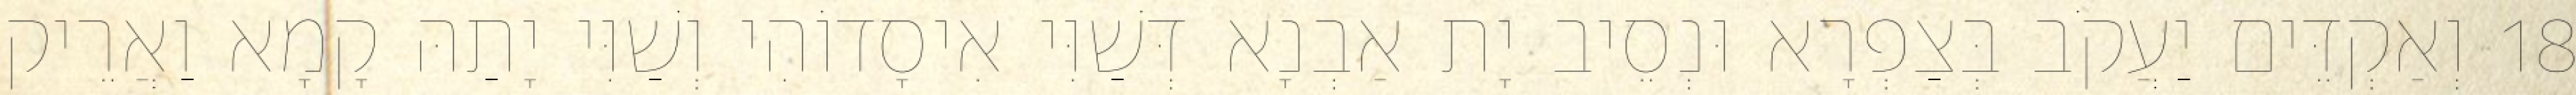
18 וְאַקְדֵּים יַעֲקֹב בְּצַפְרָא וּנְסֵיב יָת אַבְנָא דְּשַׁוִּי אִיסָדוֹהִי וְשַׁוִּי יָתַהּ קָמָא וַאֲרֵיק